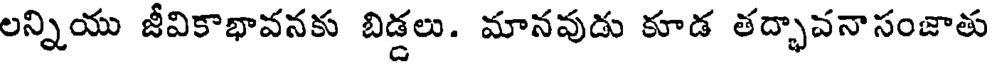
లన్నియు జీవికాభావనకు బిడ్డలు. మానవుడు కూడ తద్భావనాసంజాతు